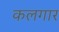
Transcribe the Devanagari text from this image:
कलगार